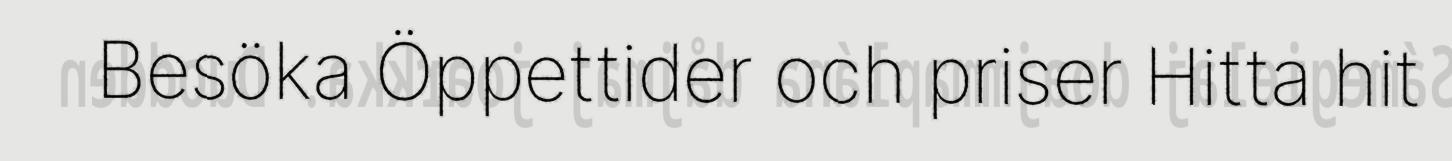
Besöka Öppettider och priser Hitta hit